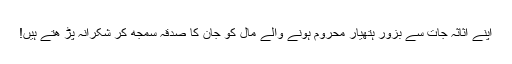
اپنے اثاثہ جات سے بزور ہتھیار محروم ہونے والے مال کو جان کا صدقہ سمجھ کر شکرانہ پڑ ھتے ہیں!